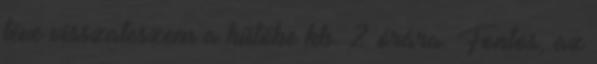
téve visszateszem a hűtőbe kb. 2 órára. Fontos, az